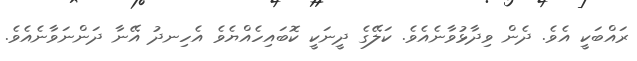
ރައްބަކީ އެވެ. ދެން ވިދާޅުވާނެއެވެ. ކަލޭގެ ދީނަކީ ކޮބައިހެއްޔެވެ އެހިނދު އޭނާ ދަންނަވާނެއެވެ.